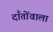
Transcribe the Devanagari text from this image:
दाँतोंवाला